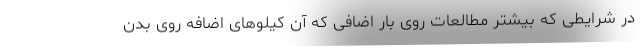
در شرایطی که بیشتر مطالعات روی بار اضافی که آن کیلوهای اضافه روی بدن